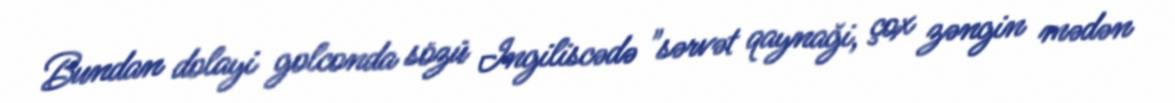
Bundan dolayi golconda sözü Ingiliscədə "sərvət qaynaği, çox zəngin mədən